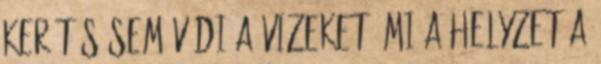
kerítés sem védi a vizeket. Mi a helyzet a